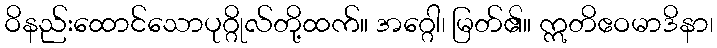
ဝိနည်းထောင်သောပုဂ္ဂိုလ်တို့ထက်။ အဂ္ဂေါ၊ မြတ်၏။ ဣတိဧဝမာဒိနာ၊